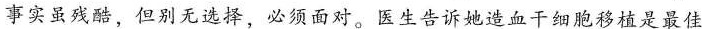
事实虽残酷，但别无选择，必须面对。医生告诉她造血干细胞移植是最佳